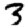
Digit: 3